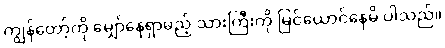
ကျွန်တော့်ကို မျှော်နေရှာမည့် သားကြီးကို မြင်ယောင်နေမိ ပါသည်။